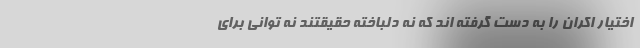
اختیار اکران را به دست گرفته اند که نه دلباخته حقیقتند نه توانی برای